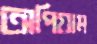
অপিয়াম